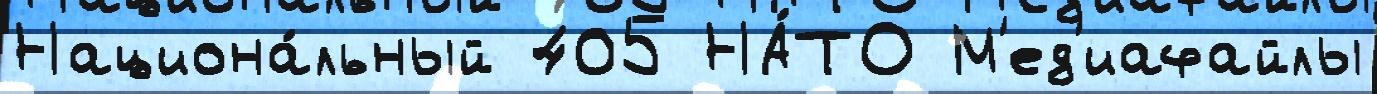
Национа́льный 405 НА́ТО М'ед'иафайлы